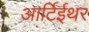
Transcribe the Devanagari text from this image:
आर्टिईथर